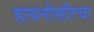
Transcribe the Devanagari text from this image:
डायनोसॉरचा